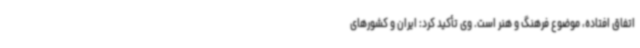
اتفاق افتاده، موضوع فرهنگ و هنر است. وی تأکید کرد: ایران و کشورهای